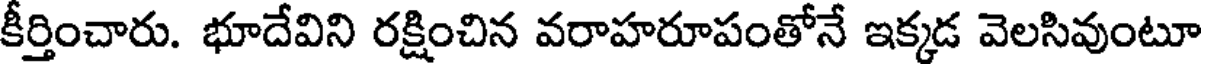
కీర్తించారు. భూదేవిని రక్షించిన వరాహరూపంతోనే ఇక్కడ వెలసివుంటూ